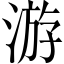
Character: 游